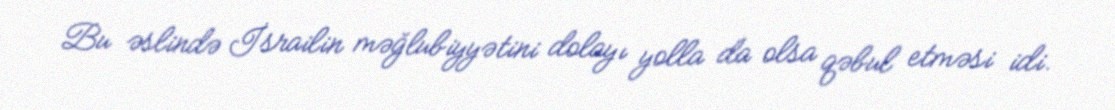
Bu əslində İsrailin məğlubiyyətini dolayı yolla da olsa qəbul etməsi idi.